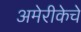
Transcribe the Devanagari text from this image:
अमेरीकेचे